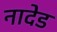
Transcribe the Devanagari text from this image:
नादेड